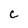
Character: C